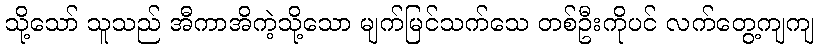
သို့သော် သူသည် အီကာအိကဲ့သို့သော မျက်မြင်သက်သေ တစ်ဦးကိုပင် လက်တွေ့ကျကျ